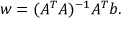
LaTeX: w = ( A ^ { T } A ) ^ { - 1 } A ^ { T } b .